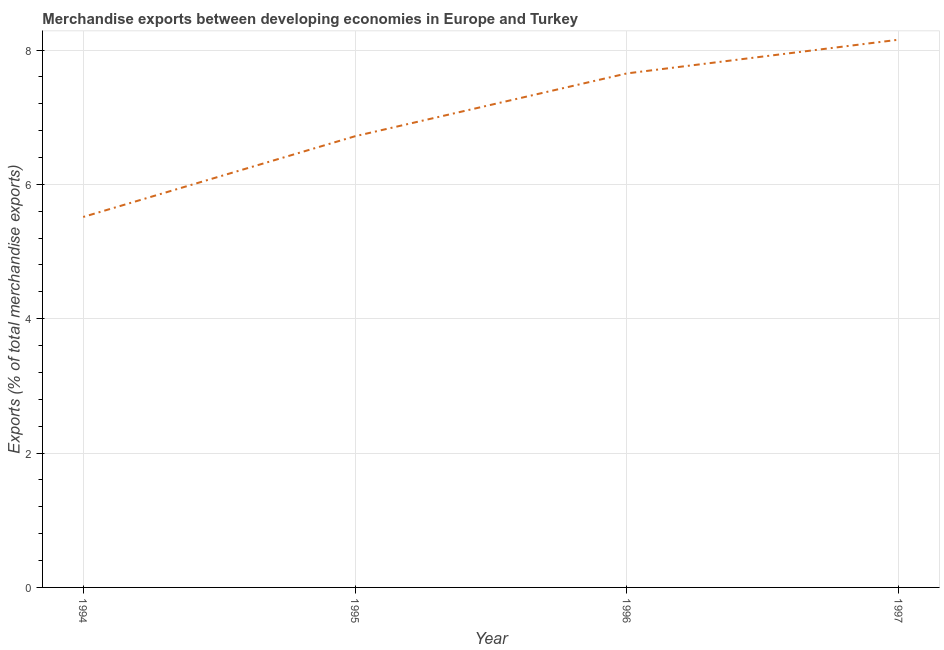
| Year | Merchandise Exports |
 | --- | --- |
 | 1994 | 5.51 |
 | 1995 | 6.72 |
 | 1996 | 7.65 |
 | 1997 | 8.15 |